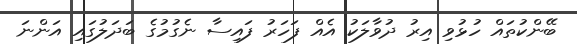
ބޭންކުތައް ހުޅުވި އިރު ދުވާލަކު އެއް ފަހަރު ފައިސާ ނެގުމުގެ ބަދަލުގައި އަންނަ